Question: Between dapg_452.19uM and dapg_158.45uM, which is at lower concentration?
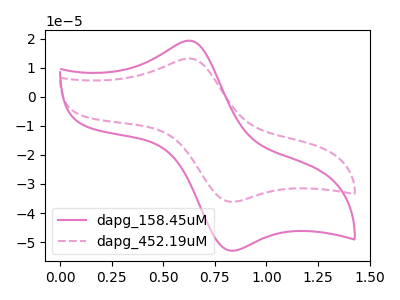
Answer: <think>The pink curve "dapg_158.45uM" has an anodic peak at (0.65V, 19.35uA) and a cathodic peak at (0.85V, -53.00uA). The pink dashed curve "dapg_452.19uM" has an anodic peak at (0.65V, 13.20uA) and a cathodic peak at (0.85V, -36.15uA).
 All the peaks in "dapg_452.19uM" have a peak in "dapg_158.45uM" at the same potential. Every peak in "dapg_452.19uM" is lower than every peak in "dapg_158.45uM".</think>
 <answer>"dapg_452.19uM" has less signal than "dapg_158.45uM" and so likely has a lower concentration.</answer>
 <eval>less_concentration</eval>